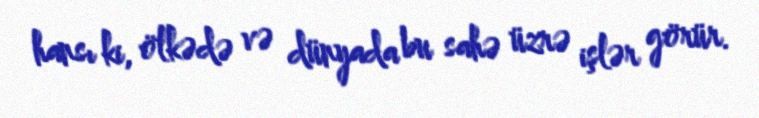
hansı ki, ölkədə və dünyada bu sahə üzrə işlər görür.